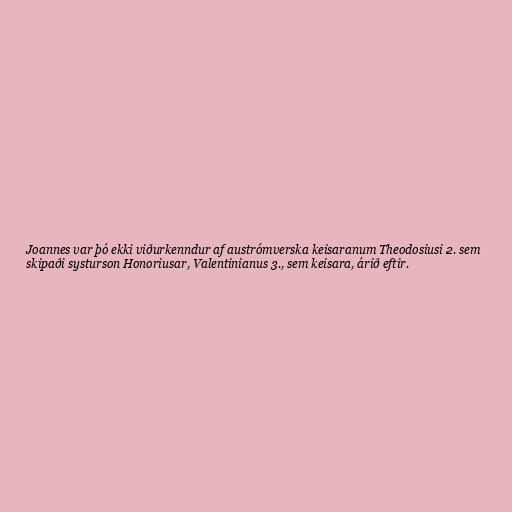
Joannes var þó ekki viðurkenndur af austrómverska keisaranum Theodosiusi 2. sem
skipaði systurson Honoriusar, Valentinianus 3., sem keisara, árið eftir.